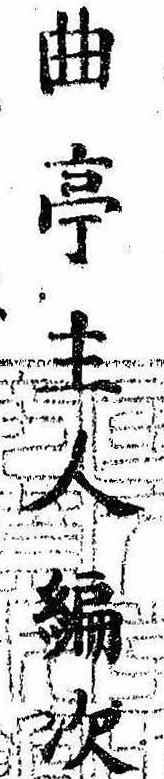
曲亭主人編次